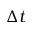
\Delta t